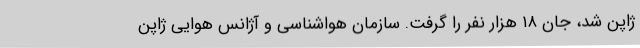
ژاپن شد، جان ۱۸ هزار نفر را گرفت. سازمان هواشناسی و آژانس هوایی ژاپن